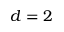
d = 2